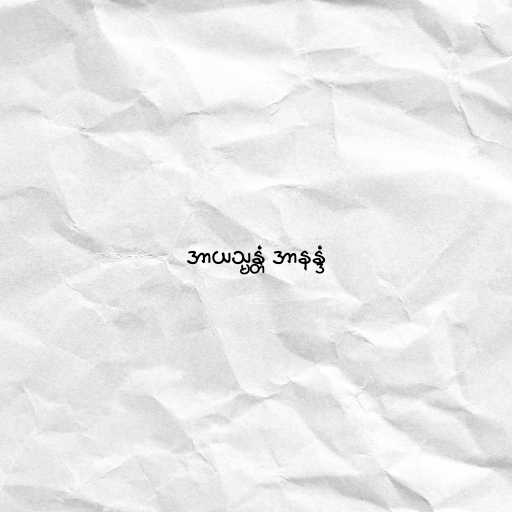
အာယသ္မန္တံ အာနန္ဒံ